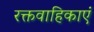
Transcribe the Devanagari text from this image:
रक्तवाहिकाएं